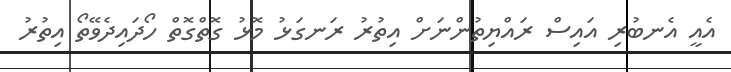
އެއީ އެނބުރި އައިސް ރައްޔިތުންނަށް އިތުރު ރަނގަޅު މޮޅު ގޮތްގޮތް ހޯދައިދެވޭތޯ އިތުރު